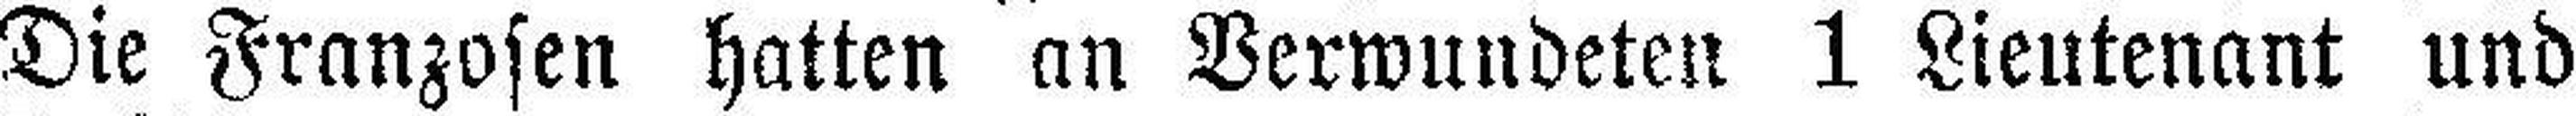
Die Franzosen hatten an Verwundeten 1 Lieutenant und